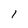
Character: 1